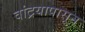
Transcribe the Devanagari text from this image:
वांद्रयापासून